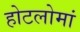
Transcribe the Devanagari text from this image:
होटलोमां